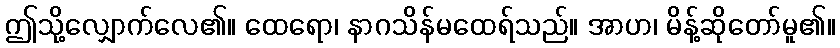
ဤသို့လျှောက်လေ၏။ ထေရော၊ နာဂသိန်မထေရ်သည်။ အာဟ၊ မိန့်ဆိုတော်မူ၏။